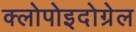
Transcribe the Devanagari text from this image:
क्लोपोइदोग्रेल